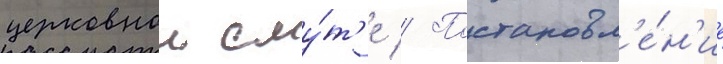
церковнои сму́т'е // Постановл'е́н'ие